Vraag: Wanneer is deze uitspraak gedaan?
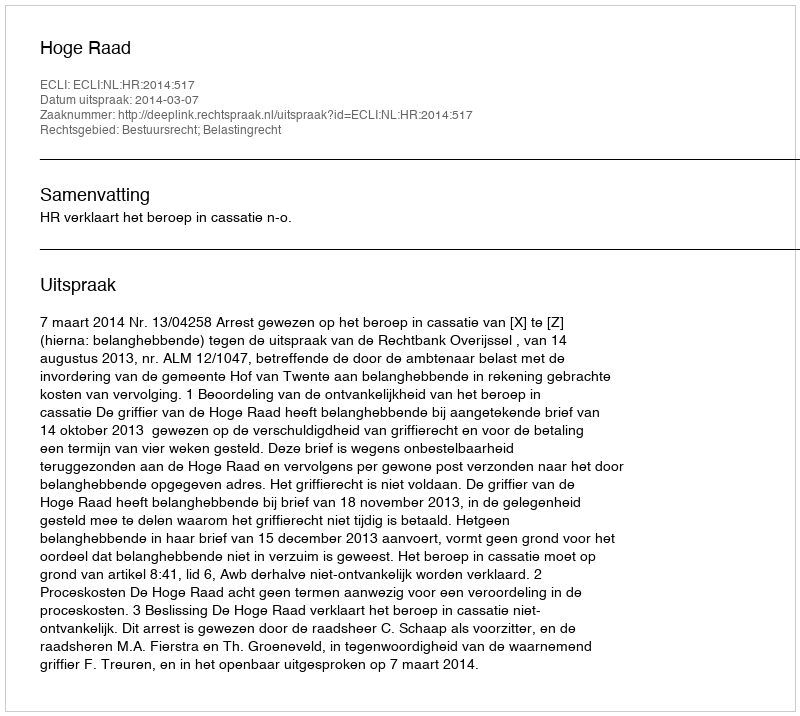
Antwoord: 2014-03-07